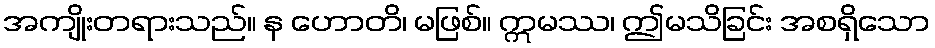
အကျိုးတရားသည်။ န ဟောတိ၊ မဖြစ်။ ဣမဿ၊ ဤမသိခြင်း အစရှိသော